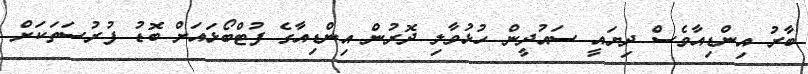
ބާރު އިންޑިއާވެސް ދިޔައީ ސައުދީން ހުޅުވާލި ދޮރުން އިންޑިއާގެ ފުޓްބޯޅައަށް ބޮޑު ފުރުސަތަކަށް